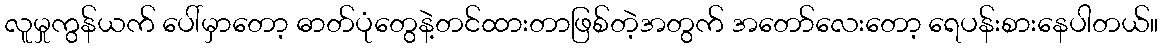
လူမှုကွန်ယက် ပေါ်မှာတော့ ဓာတ်ပုံတွေနဲ့တင်ထားတာဖြစ်တဲ့အတွက် အတော်လေးတော့ ရေပန်းစားနေပါတယ်။